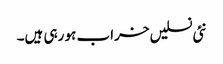
نئی نسلیں خراب ہو رہی ہیں۔